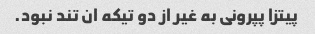
پیتزا پپرونی به غیر از دو تیکه ان تند نبود.